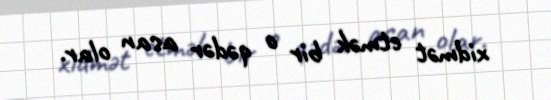
xidmət etmək bir o qədər asan olar.